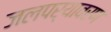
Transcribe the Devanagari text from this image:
जलपर्यावरण